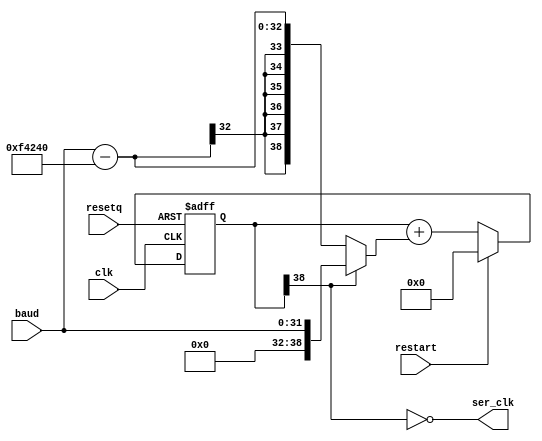
module baudgen(
  input wire clk,
  input wire resetq,
  input wire [31:0] baud,
  input wire restart,
  output wire ser_clk);
  parameter CLKFREQ = 1000000;

  wire [38:0] aclkfreq = CLKFREQ;
  reg [38:0] d;
  wire [38:0] dInc = d[38] ? ({4'd0, baud}) : (({4'd0, baud}) - aclkfreq);
  wire [38:0] dN = restart ? 0 : (d + dInc);
  wire fastclk = ~d[38];
  assign ser_clk = fastclk;

  always @(negedge resetq or posedge clk)
  begin
    if (!resetq) begin
      d <= 0;
    end else begin
      d <= dN;
    end
  end
endmodule